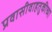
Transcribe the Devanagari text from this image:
प्रवासीवाहतुकीच्या